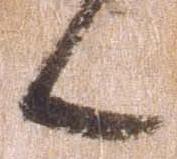
候